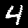
Label: 4